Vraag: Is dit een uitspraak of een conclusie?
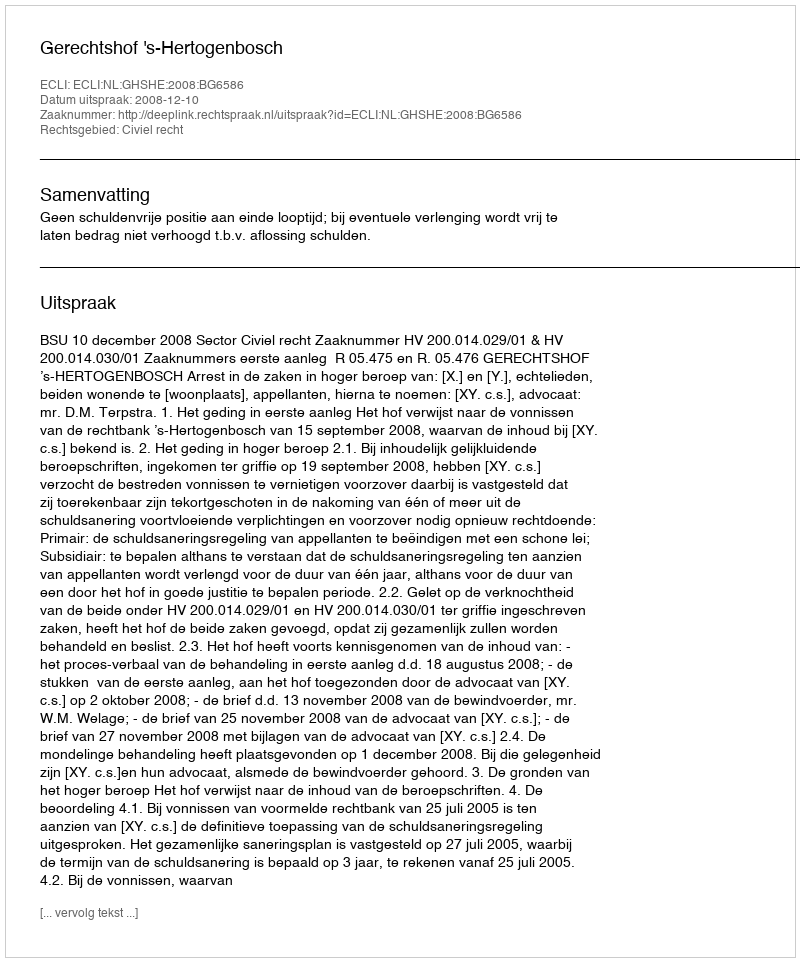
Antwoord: Uitspraak